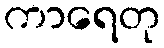
ကာရေတု